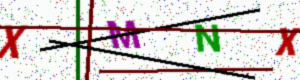
Text: XMNX